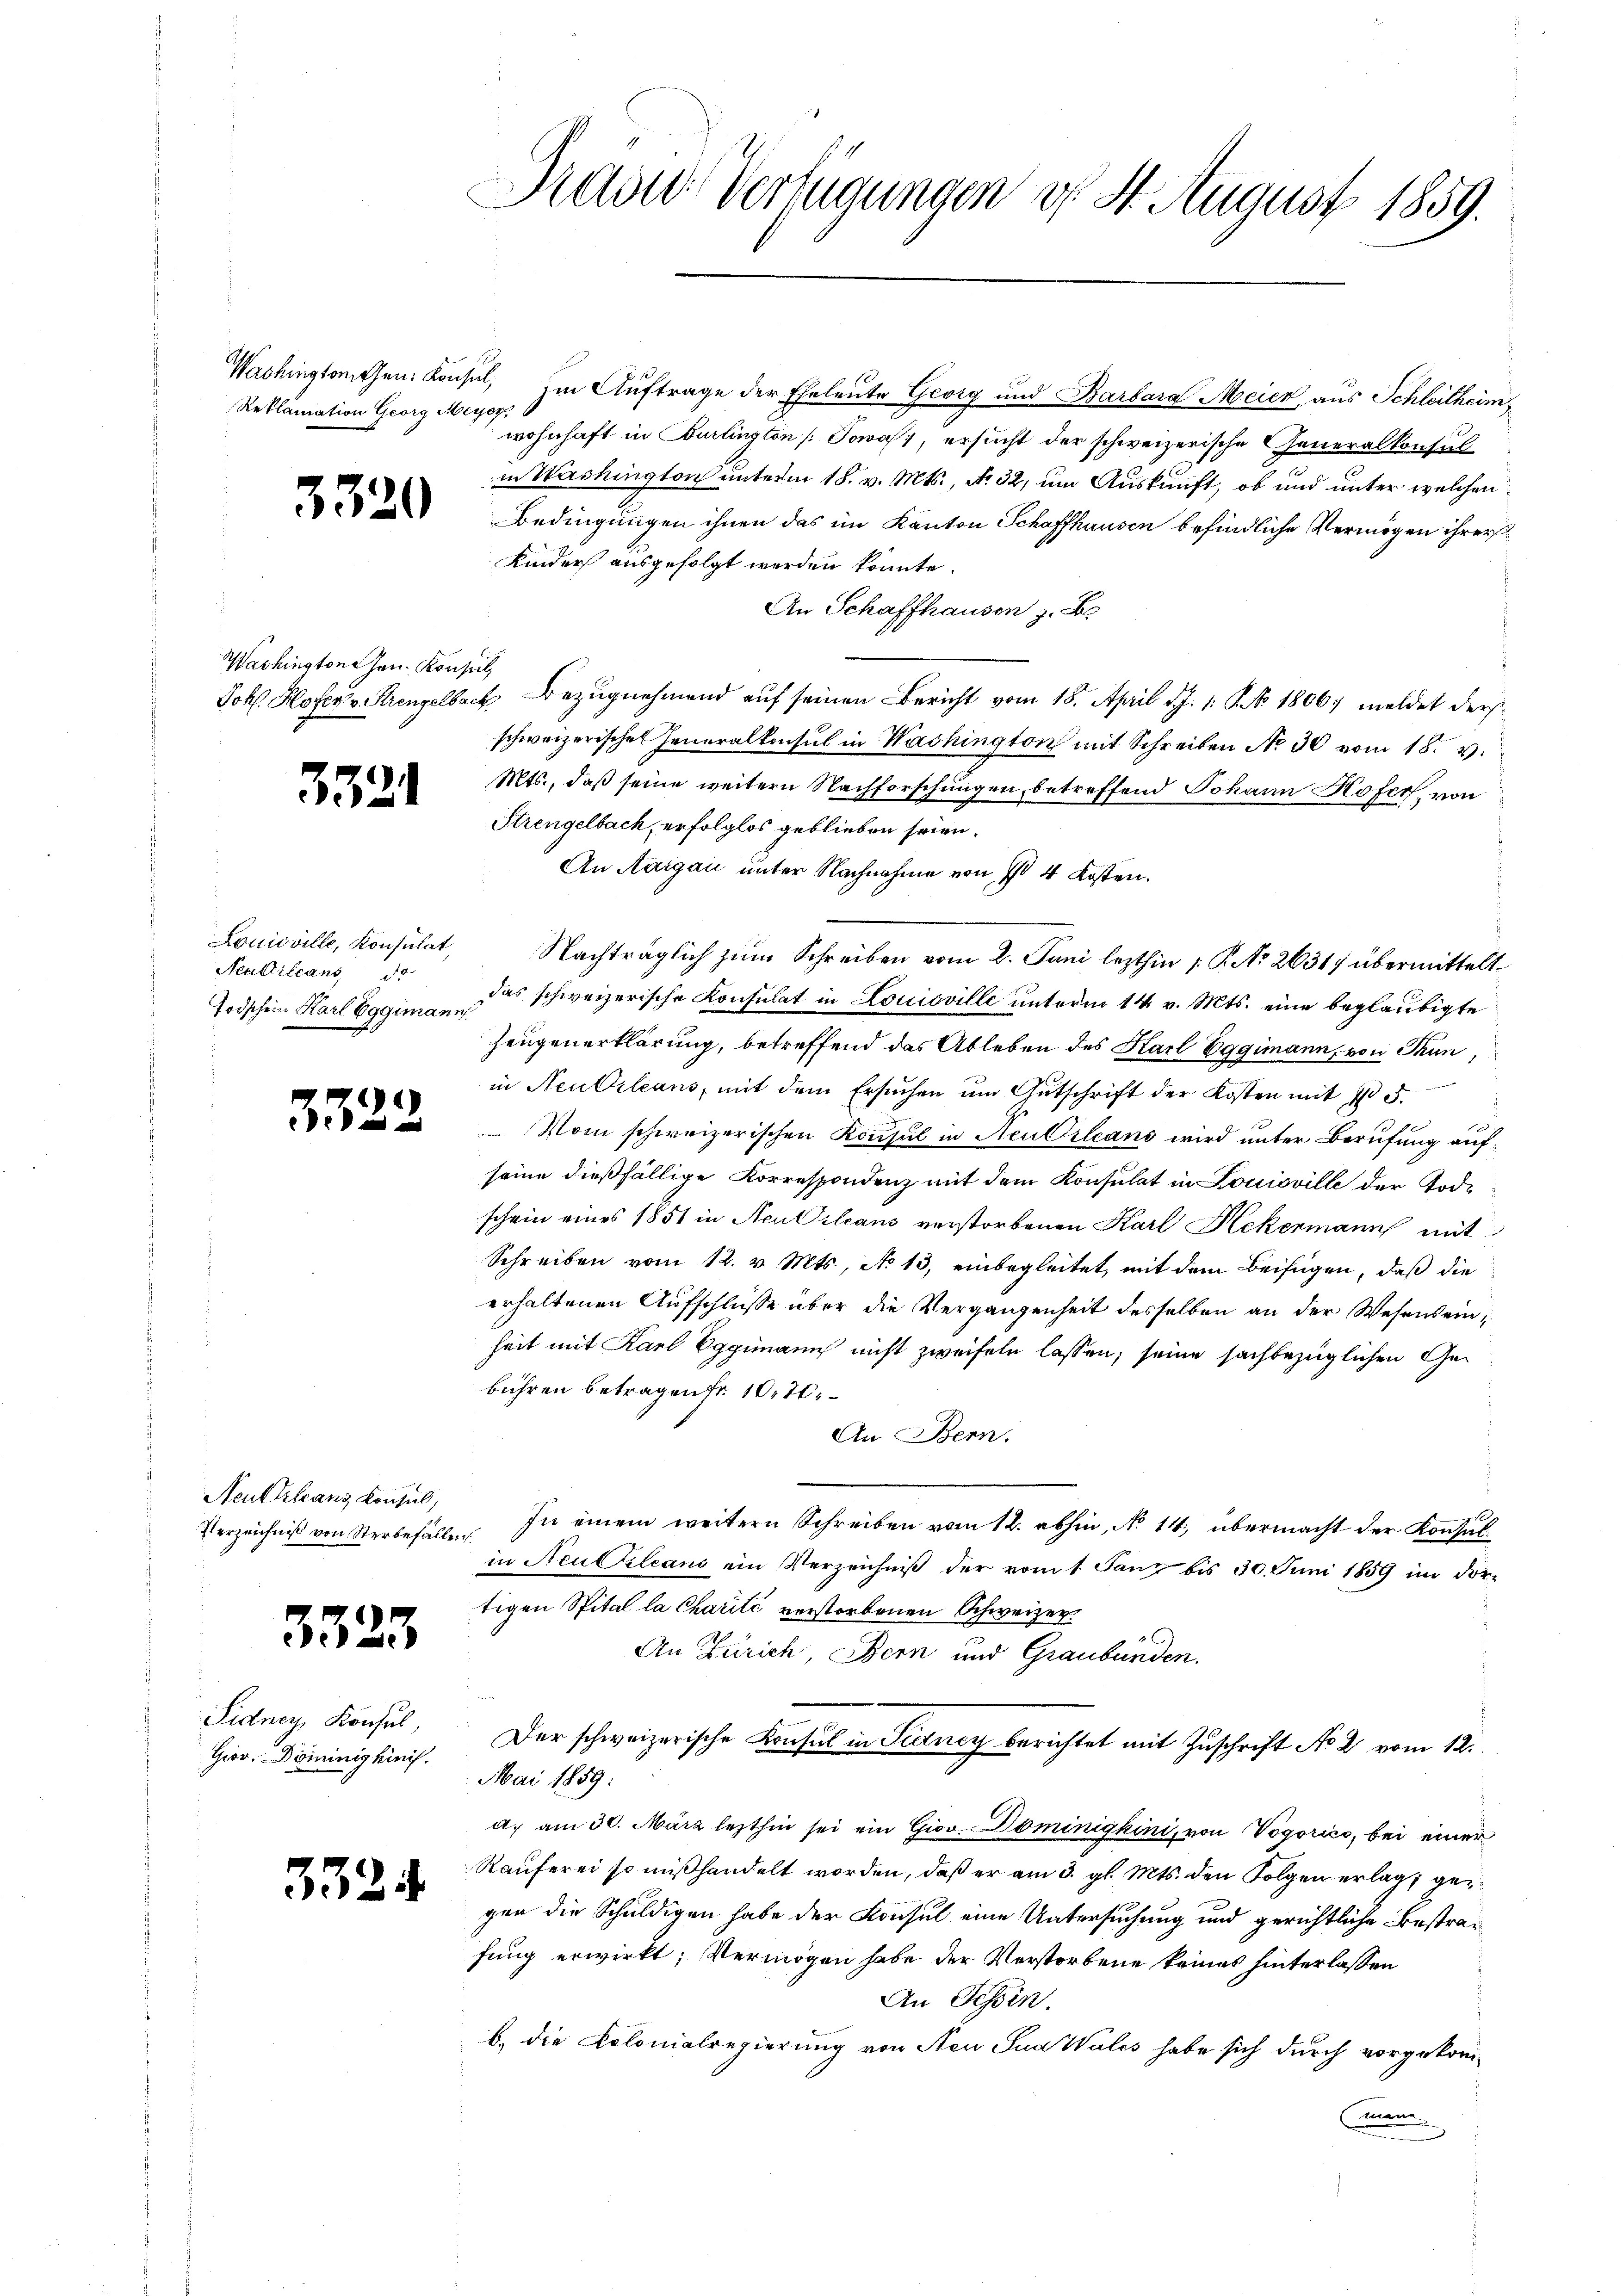
Reklamiation Georg Meyer,

3320

Washingtone han. Konseil,

3321

Louisville, Konsulat,
Neuttilians do

2)
e

Neutkranz Konsul,

3323

Pidney, Konsul,
Gior. Dominighinis.

3324

Tradid Verfügungen v. 4. August 1859.

Washingtonchen Konsul, im Auftrage der Eheleute Georg und Barbara Meier, aus Schleitheim,
wohnhaft in Burlington (Jowas, ersucht der schweizerische Generalkonsulin Washington unterm 18. v. Mts., No. 32, um Auskunft, ob und unter welchen
Bedingungen ihnen das im Kanton Schaffhausen befindliche Vermögen ihrer
Kinder ausgefolgt werden könnte.
An Schaffhausen z. B.
Joh. Hofer v. Krengelbach Bezugnehmend auf seinen Bericht vom 18. April d. J. 1 S. 18067 meldet der
schweizerischen Generalkonsul in Washington mit Schreiben No 30 vom 18. v.
Mts., daß seine weitern Nachforschungen, betreffend Johann Hofer, von
Strengelbach, erfolglos geblieben seien.
An Aargau unter Nachnahme von I 4 Kosten.
Nachträglich zum Schreiben vom 2. Juni lezthin 1. P. No 2631) übermittelt
Todschein Karl Eggiman schweizerische Konsulat in Louisville unterm 14. v. Mts. eine beglaubigte
Zeugenerklärung, betreffend das Ableben des Karl Eggimann, von Thun,
in Neubileans, mit dem Ersuchen um Gutschrift der Kosten mit 705.
Vom schweizerischen Konsul in Neubileans wird unter Berufung aufseine dießfällige Korrespondenz mit dem Konsulat in Louisville der Tode
schein eines 1851 in Aeussileans verstorbenen Karl Ackermann mit
Schreiben vom 12. v. Mts., No 13, einbegleitet, mit dem Beifügen, daß die
erhaltenen Aufschlüsse über die Vergangenheit desselben an der Wesens einheit mit Karl Eggimann nicht zweifeln lassen; seine sachbezüglichen Gebühren betragende 10.7.
An Bern.
Verzeichniβ von Sterbefall. In einem weitern Schreiben vom 12. abhin, No. 14, übermacht der Konsul
in Neuileans ein Verzeichniß der vom 1. Janz bis 30. Juni 1859 im dor-
tigen Spital la Charité verstorbenen Schweizer¬
An Zürich, Bern und Graubünden.
Der schweizerische Konsul in Sidney berichtet mit Zuschrift No 2 vom 12.
Mai 1859:
a. am 30. März lezthin sei ein Giov. Dominigkini, von Vogorico, bei einer
Räuferei so mißhandelt worden, daß er am 3. gl. Mts. den Folgen erlag gegen die Schuldigen habe der Konsul eine Untersuchung und gerichtliche Bestrafung erwirkt; Vermögen habe der Verstorbene keines hinterlassen
An Tessin.
b. die Colonialregierung von Neu Sua Wales habe sich durch vorgekom-
Cinem